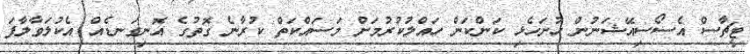
ޓީޗާސް އެސޯސިއޭޝަނުން ހުށަހެޅި ކަންކަން ހައްލުކުރުމަށް މަސައްކަތް ކުރާނެ ގޮތުގެ އޮނިގަނޑެއް އެކުލަވާލާފަ